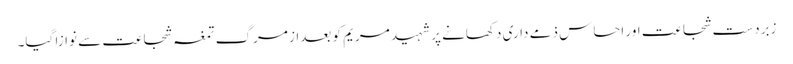
زبردست شجاعت اور احساس ذمے داری دکھانے پر شہید مریم کو بعداز مرگ تمغہ شجاعت سے نوازا گیا۔